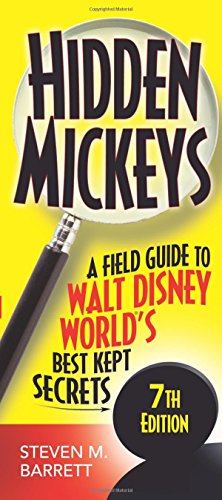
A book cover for Hidden Mickeys: A Field Guide to Walt Disney World's Best Kept Secrets; Steven M. Barrett; Travel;